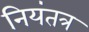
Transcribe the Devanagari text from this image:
नियंतत्र